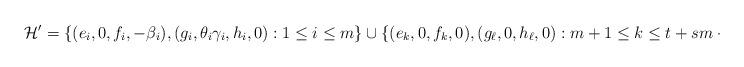
LaTeX: \begin{align*} \mathcal{H}'=\{(e_i,0,f_i,-\beta_{i}), (g_i,\theta_i\gamma_{i},h_i,0) : 1 \leq i \leq m \} \cup \{ (e_{k},0,f_{k},0),(g_{\ell},0,h_{\ell},0) : m+1 \leq k \leq t+s m+1 \leq \ell \leq t \} .\end{align*}